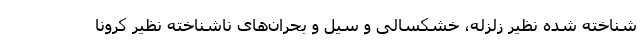
شناخته شده نظیر زلزله، خشکسالی و سیل و بحران‌های ناشناخته نظیر کرونا